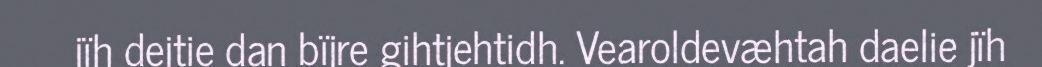
jïh dejtie dan bïjre gihtjehtidh. Vearoldevæhtah daelie jïh